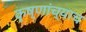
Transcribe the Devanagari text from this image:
कृष्णांच्याच